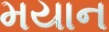
મયાન